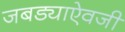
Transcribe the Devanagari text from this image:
जबड्याऐवजी